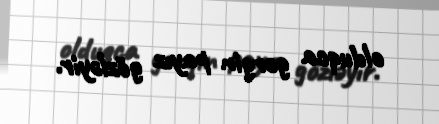
olduqca gərgin payız gözləyir.